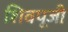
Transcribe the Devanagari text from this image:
शिवपूजी